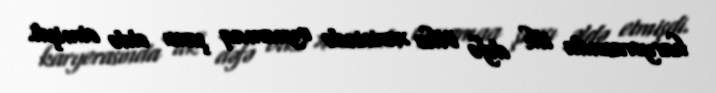
karyerasında ilk dəfə ölkə xaricində oynamaq şansı əldə etmişdi.